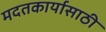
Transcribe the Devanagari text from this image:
मदतकार्यासाठी